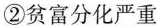
②贫富分化严重